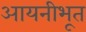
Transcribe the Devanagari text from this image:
आयनीभूत